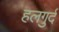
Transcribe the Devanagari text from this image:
हलगुर्द